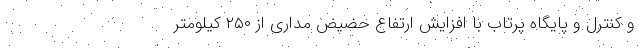
و کنترل و پایگاه پرتاب با افزایش ارتفاع حضیض مداری از ۲۵۰ کیلومتر